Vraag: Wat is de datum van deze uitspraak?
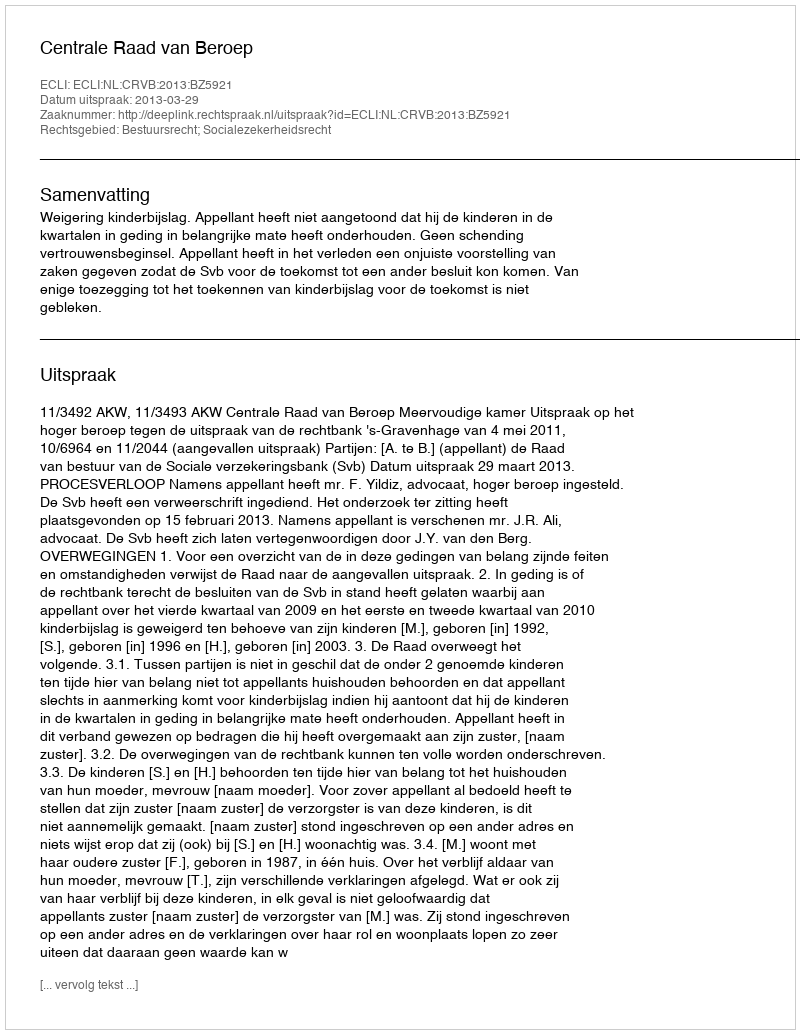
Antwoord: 2013-03-29